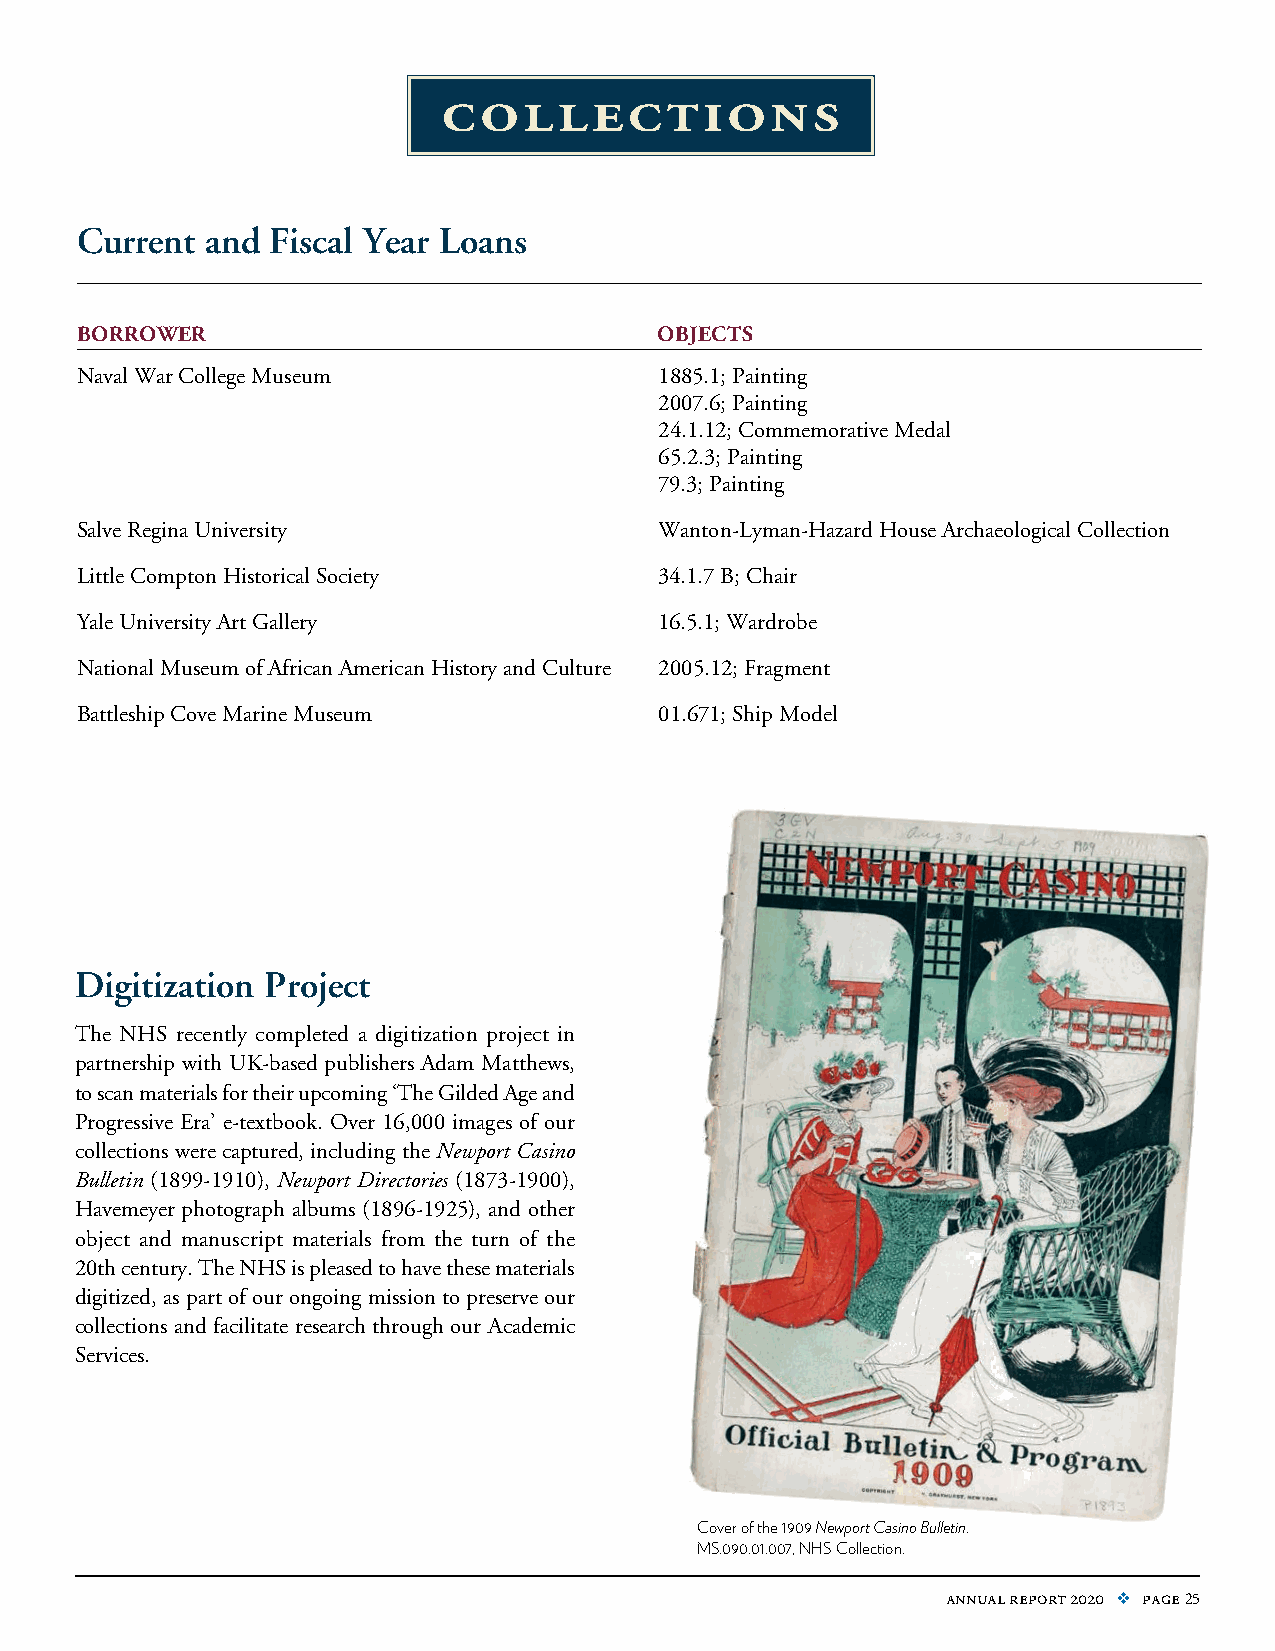
collections
 Current  and Fiscal Year Loans
 borrower                               objects
 Naval War College Museum               1885.1; Painting
 2007.6; Painting
 24.1.12; Commemorative Medal
 65.2.3; Painting
 79.3; Painting
 Salve Regina University                Wanton-Lyman-Hazard House Archaeological Collection
 Little Compton Historical Society      34.1.7 B; Chair
 Yale University Art Gallery            16.5.1; Wardrobe
 National Museum of African American History and Culture 2005.12; Fragment
 Battleship Cove Marine Museum          01.671; Ship Model
 Digitization Project
 The NHS recently completed a digitization project in
 partnership with UK-based publishers Adam Matthews,
 to scan materials for their upcoming ‘The Gilded Age and
 Progressive Era’ e-textbook. Over 16,000 images of our
 collections were captured, including the Newport Casino
 Bulletin (1899-1910), Newport Directories (1873-1900),
 Havemeyer photograph albums (1896-1925), and other
 object and manuscript materials from the turn of the
 20th century. The NHS is pleased to have these materials
 digitized, as part of our ongoing mission to preserve our
 collections and facilitate research through our Academic
 Services.
 Cover of the 1909 Newport Casino Bulletin.
 MS.090.01.007, NHS Collection.
 annual report 2020 v page 25